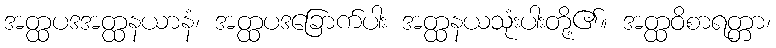
အတ္ထပဒအတ္ထနယာနံ၊ အတ္ထပဒခြောက်ပါး အတ္ထနယသုံးပါးတို့၏။ အတ္ထဝိစာရတ္တာ၊